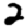
Digit: 2